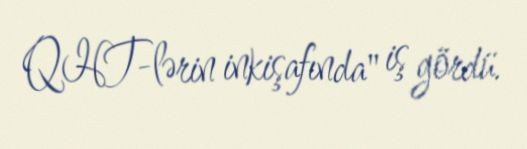
QHT-lərin inkişafında" iş gördü.